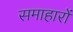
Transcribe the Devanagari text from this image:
समाहारों